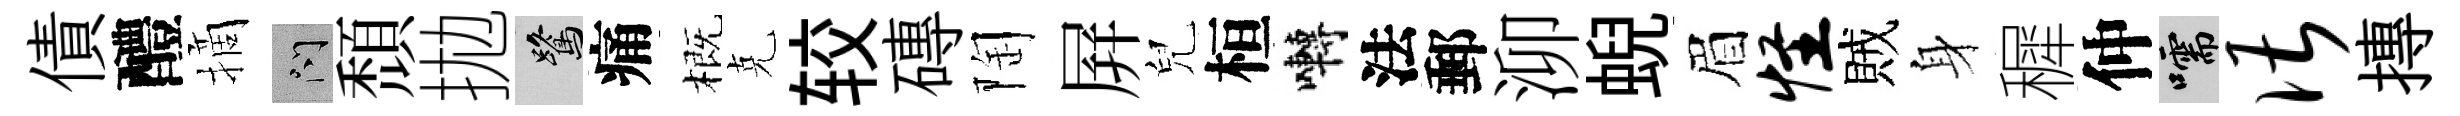
債醴摘問頹拋鷺痛概克较磚陶屛兒桓囀法郵泖蜺眉怪賊身穉仲嚅谌摶